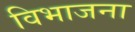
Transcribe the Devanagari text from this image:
विभाजना